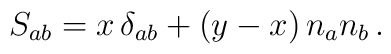
S_{ab} =  x \, \delta_{ab} + (y - x)\, n_a n_b \,.